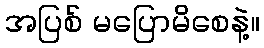
အပြစ် မပြောမိစေနဲ့။